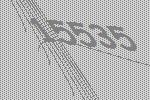
15535